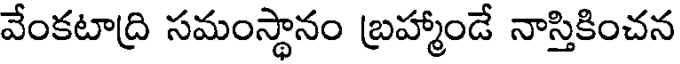
వేంకటాద్రి సమంస్థానం బ్రహ్మాండే నాస్తికించన